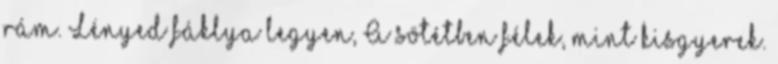
rám. Lényed fáklya legyen, A sötétben félek, mint kisgyerek.